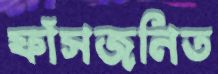
ফাঁসজনিত